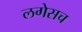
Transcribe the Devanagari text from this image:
लगेसच